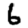
Digit: 6